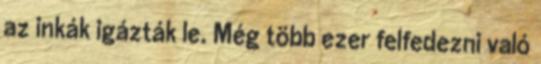
az inkák igázták le. Még több ezer felfedezni való